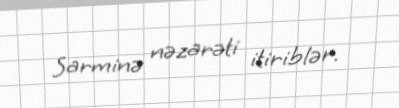
Sarminə nəzarəti itiriblər.